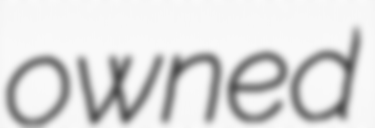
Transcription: owned